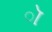
ૉ